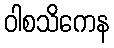
ဝါစသိကေန